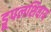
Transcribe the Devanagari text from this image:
ड्रूपलशिवाय